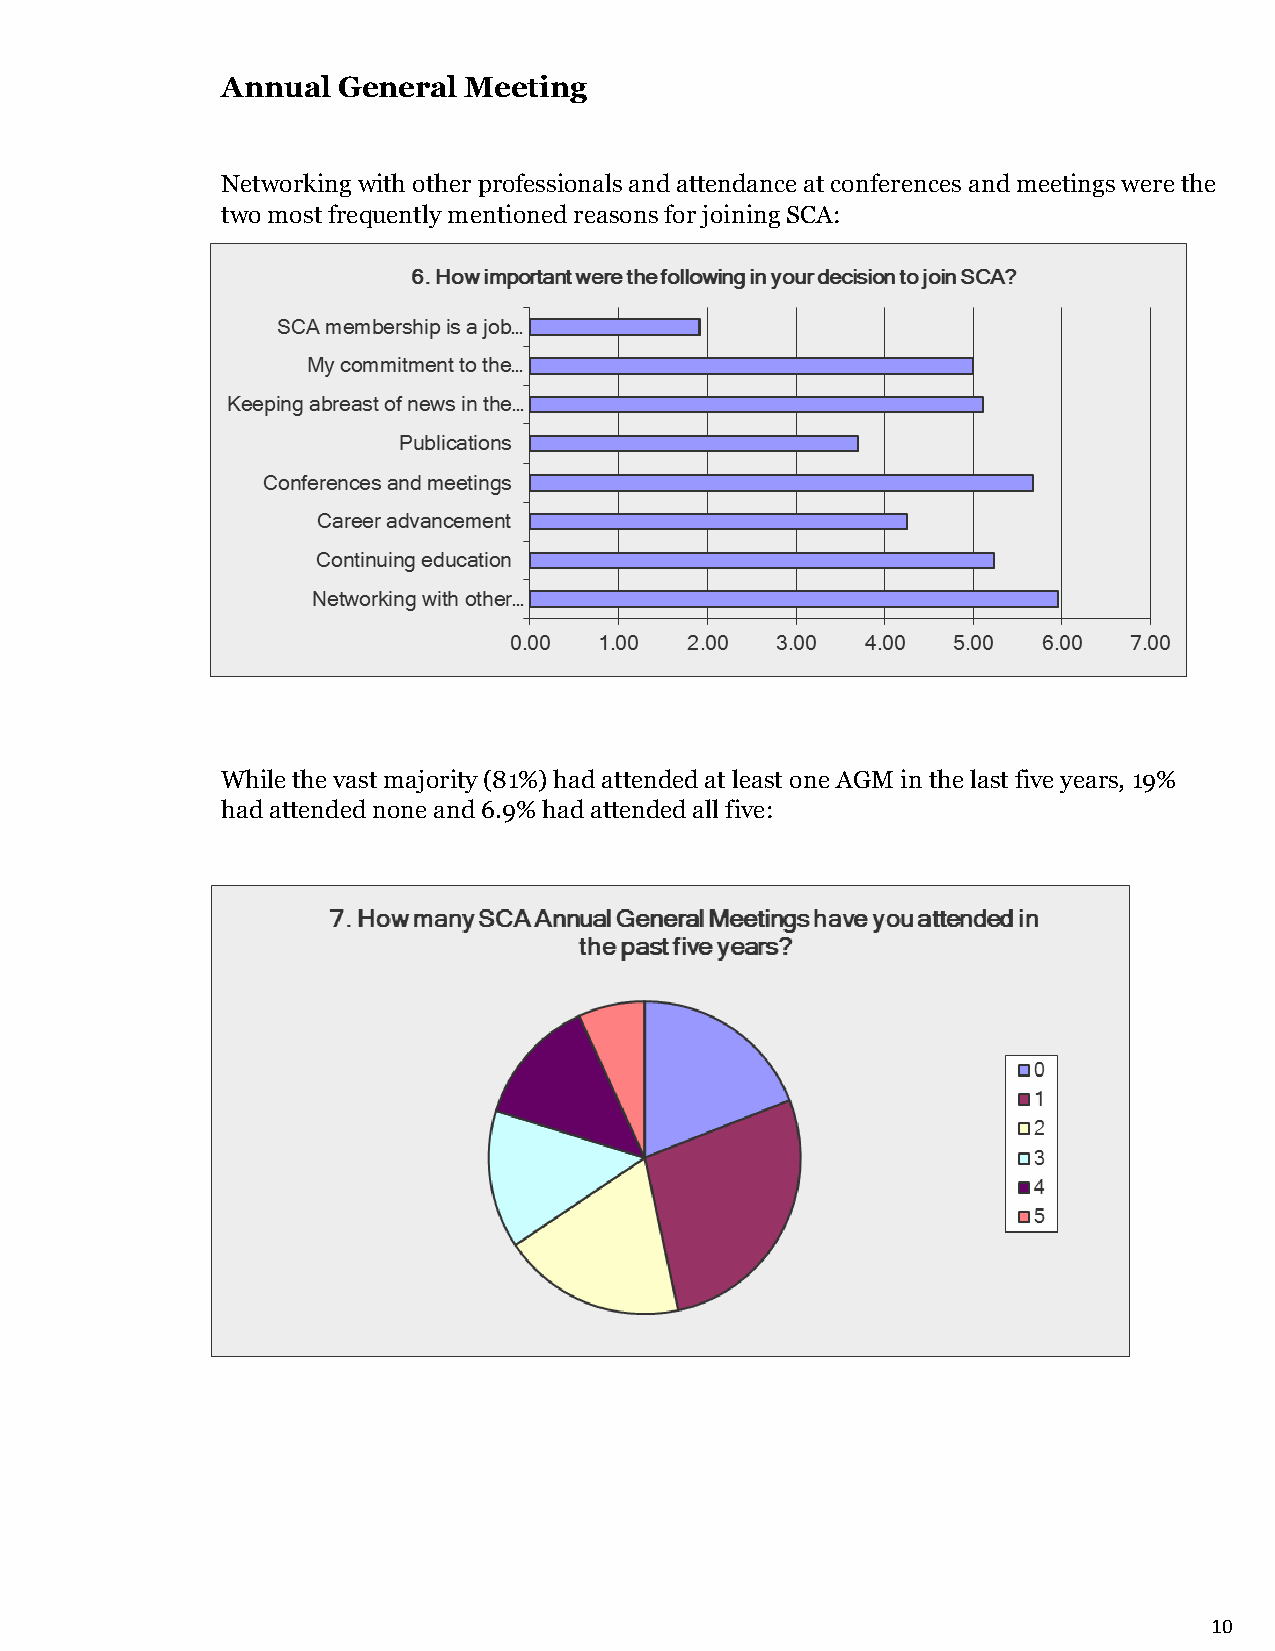
Annual General  Meeting
 Networking with other professionals and attendance at conferences and meetings were the
 two most frequently mentioned reasons for joining SCA:
 While the vast majority (81%) had attended at least one AGM in the last five years, 19%
 had attended none and 6.9% had attended all five:
 10